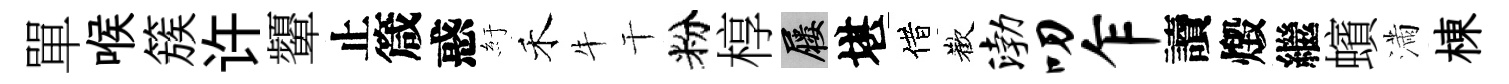
單喉簇许顰止箴惑紆禾牛干粉椁屨堪借歡渤叨乍讀燬繼蠙滿棟